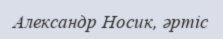
Александр Носик, әртіс